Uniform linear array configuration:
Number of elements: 32
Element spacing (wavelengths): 0.75
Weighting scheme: blackman
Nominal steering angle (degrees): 30
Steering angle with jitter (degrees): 29.911
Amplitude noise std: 0.05
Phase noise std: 0.05

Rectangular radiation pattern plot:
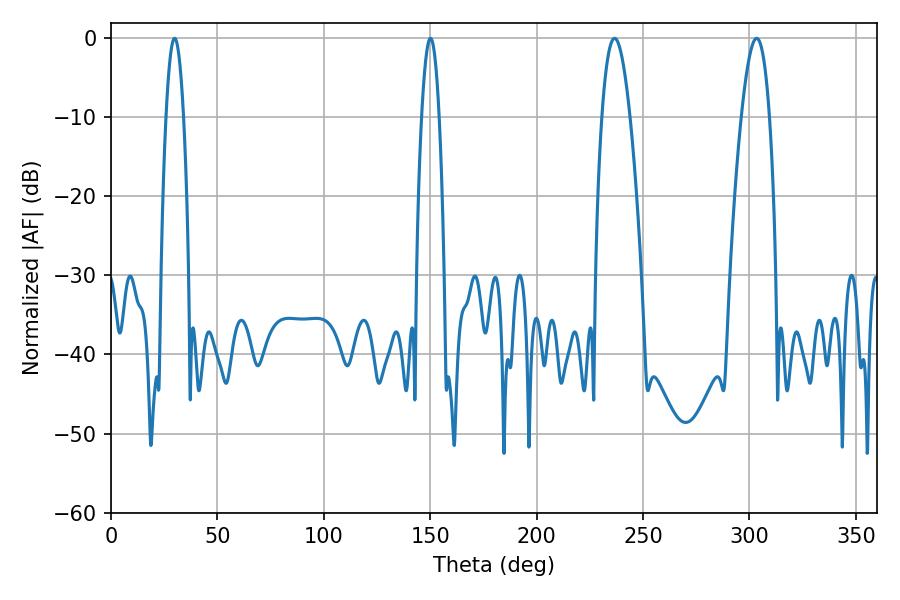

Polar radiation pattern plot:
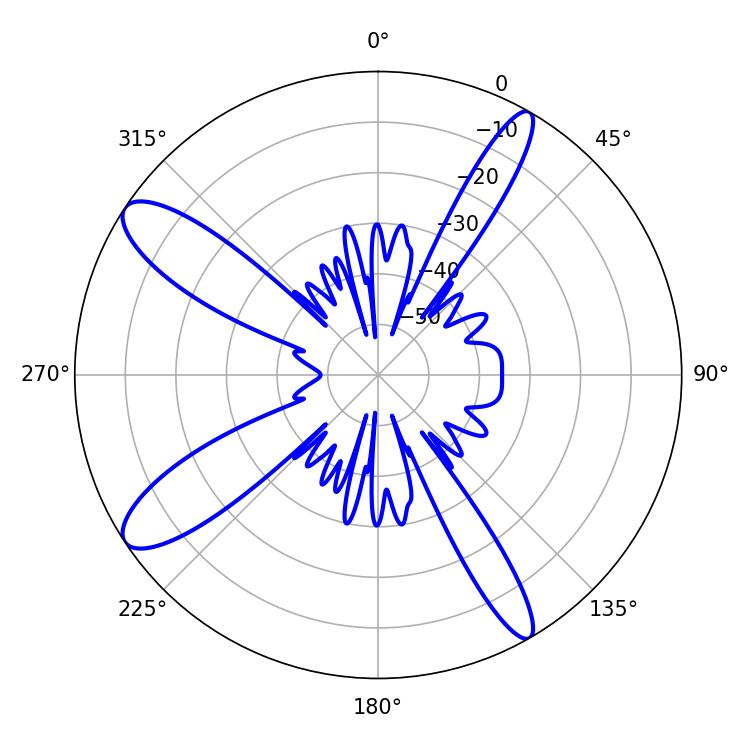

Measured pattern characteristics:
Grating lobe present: TRUE
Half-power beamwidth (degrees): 4.5
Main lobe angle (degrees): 29.88